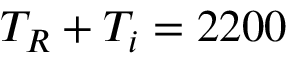
T _ { R } + T _ { i } = 2 2 0 0